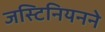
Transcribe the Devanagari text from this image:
जस्टिनियनने